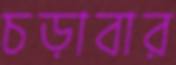
চড়াবার